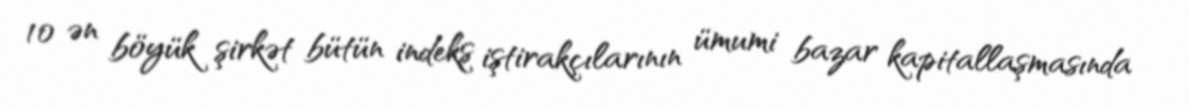
10 ən böyük şirkət bütün indeks iştirakçılarının ümumi bazar kapitallaşmasında